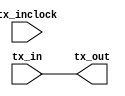
//altlvds_tx CBX_DECLARE_ALL_CONNECTED_PORTS="OFF" CBX_SINGLE_OUTPUT_FILE="ON" COMMON_RX_TX_PLL="OFF" CORECLOCK_DIVIDE_BY=2 DATA_RATE="720.0 Mbps" DESERIALIZATION_FACTOR=1 DEVICE_FAMILY="MAX 10" DIFFERENTIAL_DRIVE=0 ENABLE_CLK_LATENCY="OFF" IMPLEMENT_IN_LES="ON" INCLOCK_BOOST=0 INCLOCK_DATA_ALIGNMENT="EDGE_ALIGNED" INCLOCK_PERIOD=5000 INCLOCK_PHASE_SHIFT=0 MULTI_CLOCK="OFF" NUMBER_OF_CHANNELS=1 OUTCLOCK_ALIGNMENT="EDGE_ALIGNED" OUTCLOCK_DIVIDE_BY=1 OUTCLOCK_DUTY_CYCLE=50 OUTCLOCK_MULTIPLY_BY=1 OUTCLOCK_PHASE_SHIFT=0 OUTCLOCK_RESOURCE="AUTO" OUTPUT_DATA_RATE=720 PLL_COMPENSATION_MODE="AUTO" PLL_SELF_RESET_ON_LOSS_LOCK="OFF" PREEMPHASIS_SETTING=0 REGISTERED_INPUT="OFF" USE_EXTERNAL_PLL="OFF" USE_NO_PHASE_SHIFT="ON" VOD_SETTING=0 tx_in tx_inclock tx_out CARRY_CHAIN="MANUAL" CARRY_CHAIN_LENGTH=48
//VERSION_BEGIN 18.1 cbx_altaccumulate 2018:09:12:13:04:24:SJ cbx_altclkbuf 2018:09:12:13:04:24:SJ cbx_altddio_in 2018:09:12:13:04:24:SJ cbx_altddio_out 2018:09:12:13:04:24:SJ cbx_altera_syncram_nd_impl 2018:09:12:13:04:24:SJ cbx_altiobuf_bidir 2018:09:12:13:04:24:SJ cbx_altiobuf_in 2018:09:12:13:04:24:SJ cbx_altiobuf_out 2018:09:12:13:04:24:SJ cbx_altlvds_tx 2018:09:12:13:04:24:SJ cbx_altpll 2018:09:12:13:04:24:SJ cbx_altsyncram 2018:09:12:13:04:24:SJ cbx_arriav 2018:09:12:13:04:23:SJ cbx_cyclone 2018:09:12:13:04:24:SJ cbx_cycloneii 2018:09:12:13:04:24:SJ cbx_lpm_add_sub 2018:09:12:13:04:24:SJ cbx_lpm_compare 2018:09:12:13:04:24:SJ cbx_lpm_counter 2018:09:12:13:04:24:SJ cbx_lpm_decode 2018:09:12:13:04:24:SJ cbx_lpm_mux 2018:09:12:13:04:24:SJ cbx_lpm_shiftreg 2018:09:12:13:04:24:SJ cbx_maxii 2018:09:12:13:04:24:SJ cbx_mgl 2018:09:12:13:10:36:SJ cbx_nadder 2018:09:12:13:04:24:SJ cbx_stratix 2018:09:12:13:04:24:SJ cbx_stratixii 2018:09:12:13:04:24:SJ cbx_stratixiii 2018:09:12:13:04:24:SJ cbx_stratixv 2018:09:12:13:04:24:SJ cbx_util_mgl 2018:09:12:13:04:24:SJ  VERSION_END
// synthesis VERILOG_INPUT_VERSION VERILOG_2001
// altera message_off 10463



// Copyright (C) 2018  Intel Corporation. All rights reserved.
//  Your use of Intel Corporation's design tools, logic functions 
//  and other software and tools, and its AMPP partner logic 
//  functions, and any output files from any of the foregoing 
//  (including device programming or simulation files), and any 
//  associated documentation or information are expressly subject 
//  to the terms and conditions of the Intel Program License 
//  Subscription Agreement, the Intel Quartus Prime License Agreement,
//  the Intel FPGA IP License Agreement, or other applicable license
//  agreement, including, without limitation, that your use is for
//  the sole purpose of programming logic devices manufactured by
//  Intel and sold by Intel or its authorized distributors.  Please
//  refer to the applicable agreement for further details.



//synthesis_resources = 
//synopsys translate_off
`timescale 1 ps / 1 ps
//synopsys translate_on
module  LVDS_0002
	( 
	tx_in,
	tx_inclock,
	tx_out) /* synthesis synthesis_clearbox=1 */;
	input   [0:0]  tx_in;
	input   tx_inclock;
	output   [0:0]  tx_out;

	wire  [0:0]  tx_out_wire;

	assign
		tx_out = tx_out_wire,
		tx_out_wire = tx_in;
endmodule //LVDS_0002
//VALID FILE